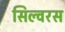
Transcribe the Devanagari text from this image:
सिल्वरस